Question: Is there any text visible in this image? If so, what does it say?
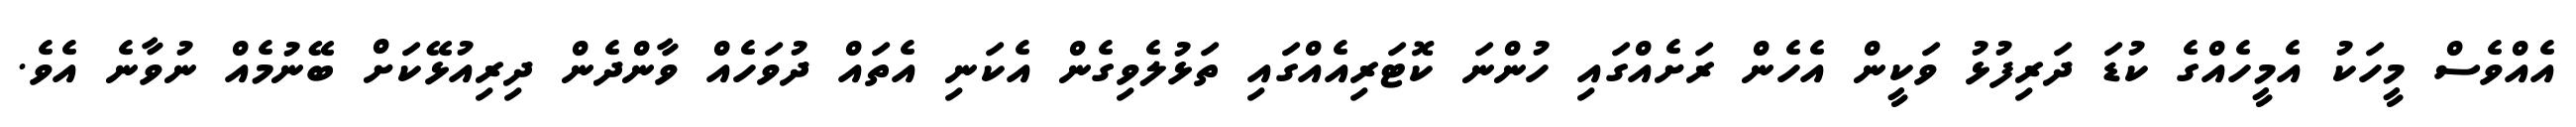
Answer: އެއްވެސް މީހަކު އެމީހެއްގެ ކުޑަ ދަރިފުޅު ވަކީން އެހެން ރަށެއްގައި ހުންނަ ކޮޓަރިއެއްގައި ތަޅުލެވިގެން އެކަނި އެތައް ދުވަހެއް ވާންދެން ދިރިއުޅޭކަށް ބޭނުމެއް ނުވާނެ އެވެ.